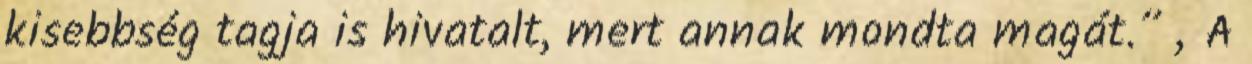
kisebbség tagja is hivatalt, mert annak mondta magát.” „A